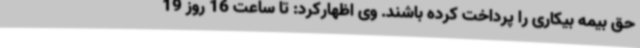
حق بیمه بیکاری را پرداخت کرده باشند. وی اظهارکرد: تا ساعت 16 روز 19